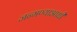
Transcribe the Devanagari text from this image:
जन्मण्याआधी